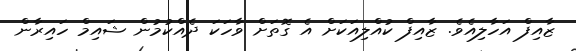
ޒާއިފް އަހާލިއެވެ. ޒާއިފް ކުއްލިއަކަށް އެ ގޮތަށް ވާހަކަ ދެއްކުމުން ޝައިމް ހައިރާން